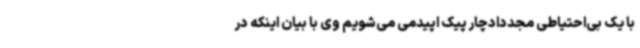
با یک بی‌احتیاطی مجددادچار پیک اپیدمی می‌شویم وی با بیان اینکه در